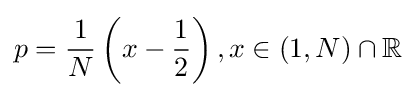
p={\frac {1}{N}}\left(x-{\frac {1}{2}}\right),x\in (1,N)\cap \mathbb {R}